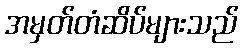
အမှတ်တံဆိပ်များသည်